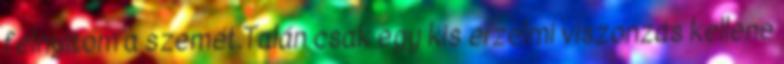
felnyitom a szemét.Talán csak egy kis érzelmi viszonzás kellene